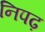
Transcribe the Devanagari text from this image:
निपढ़